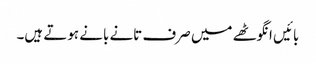
بائیں انگوٹھے میں صرف تانے بانے ہوتے ہیں۔